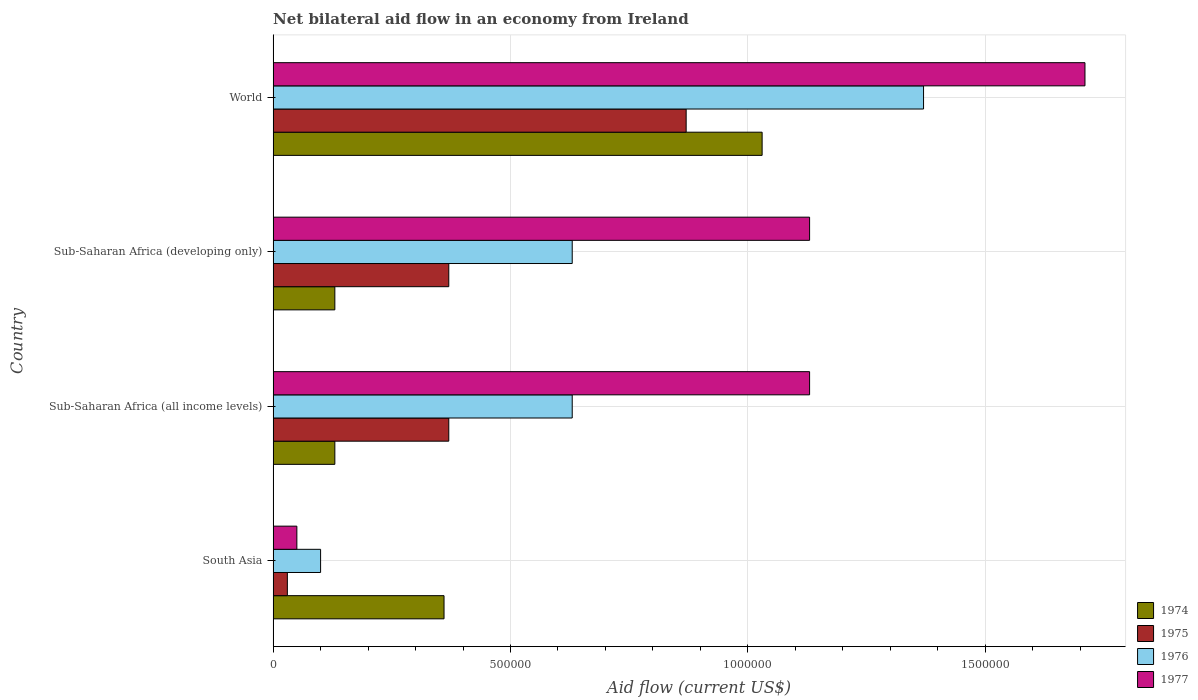
| Country | 1974 | 1975 | 1976 | 1977 |
 | --- | --- | --- | --- | --- |
 | South Asia | 3.6e+05 | 3e+04 | 1e+05 | 5e+04 |
 | Sub-Saharan Africa (all income levels) | 1.3e+05 | 3.7e+05 | 6.3e+05 | 1.13e+06 |
 | Sub-Saharan Africa (developing only) | 1.3e+05 | 3.7e+05 | 6.3e+05 | 1.13e+06 |
 | World | 1.03e+06 | 8.7e+05 | 1.37e+06 | 1.71e+06 |